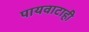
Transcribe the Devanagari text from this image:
पायवाटाही